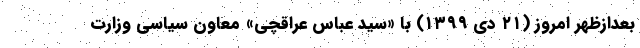
بعدازظهر امروز (۲۱ دی ۱۳۹۹) با «سید عباس عراقچی» معاون سیاسی وزارت